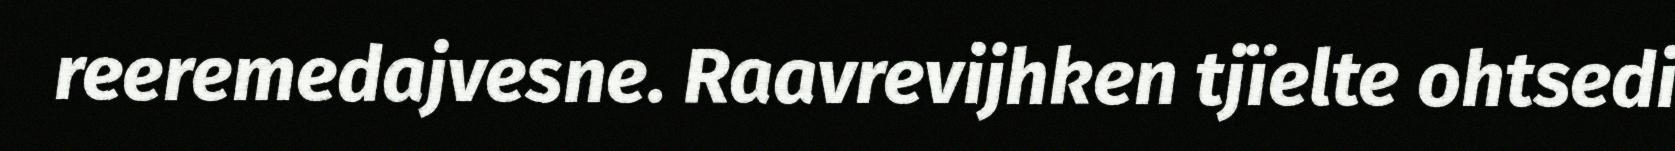
reeremedajvesne. Raavrevijhken tjïelte ohtsedi